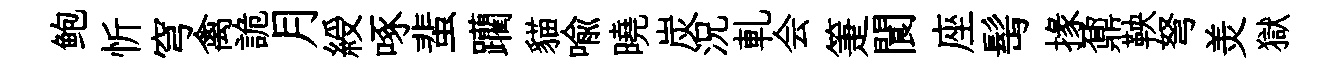
鲍忻穹禽詭月綬啄蜚躪貓喻曉炭況軋会箑閬座髩掾鼐鞅弩羙獄